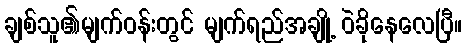
ချစ်သူ၏မျက်ဝန်းတွင် မျက်ရည်အချို့ ဝဲခိုနေလေပြီ။